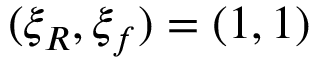
( \xi _ { R } , \xi _ { f } ) = ( 1 , 1 )